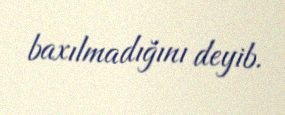
baxılmadığını deyib.